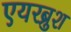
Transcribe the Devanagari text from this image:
एयरब्रुश